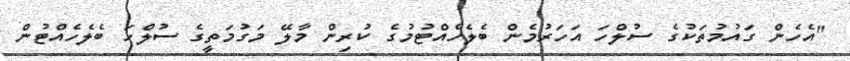
"އެހެން ގައުމުތަކުގެ ސުލްހަ އަހަރުމެން ބެލެހެއްޓުމުގެ ކުރިން މާލޭ މަގުމަތީގެ ސުލްހަ ބެލެހެއްޓުން